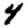
Digit: 4